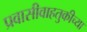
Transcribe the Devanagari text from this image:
प्रवासीवाहतुकीच्या